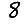
Digit: 8